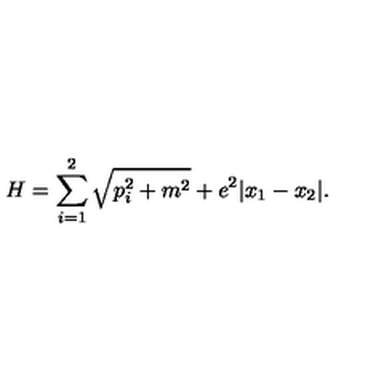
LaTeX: H = \sum _ { i = 1 } ^ { 2 } \sqrt { p _ { i } ^ { 2 } + m ^ { 2 } } + e ^ { 2 } | x _ { 1 } - x _ { 2 } | .